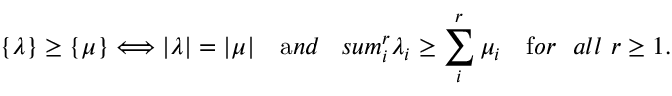
\{ \lambda \} \geq \{ \mu \} \Longleftrightarrow | \lambda | = | \mu | \ \ \ { \mathrm { a } n d } \ \ \, s u m _ { i } ^ { r } \lambda _ { i } \geq \sum _ { i } ^ { r } \mu _ { i } \ \ \ { \mathrm { f } o r \ \ a l l } \ r \geq 1 .